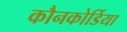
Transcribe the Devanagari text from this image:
कौनकोर्डिया